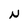
Character: N